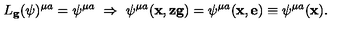
L _ { \mathbf { g } } ( \psi ) ^ { \mu a } = \psi ^ { \mu a } \ \Rightarrow \ \psi ^ { \mu a } ( \mathbf { x } , \mathbf { z } \mathbf { g } ) = \psi ^ { \mu a } ( \mathbf { x } , \mathbf { e } ) \equiv \psi ^ { \mu a } ( \mathbf { x } ) .